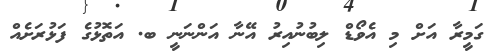
ގަމީރާ އަށް މި އެވޯޑް ލިބުނުއިރު އޭނާ އަންނަނީ ބ. އަތޮޅުގެ ފަޅުރަށެއް